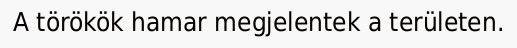
A törökök hamar megjelentek a területen.